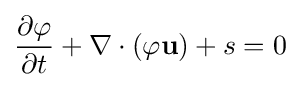
{\frac {\partial \varphi }{\partial t}}+\nabla \cdot (\varphi \mathbf {u} )+s=0